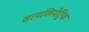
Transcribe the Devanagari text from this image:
सायकियेट्रिक